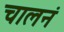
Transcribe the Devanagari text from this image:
चालनं